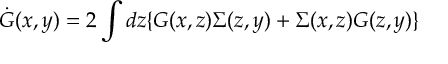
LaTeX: \dot { G } ( x , y ) = 2 \int d z \{ G ( x , z ) \Sigma ( z , y ) + \Sigma ( x , z ) G ( z , y ) \}